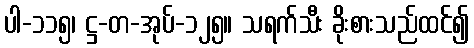
ပါ-၁၁၅၊ ဋ္ဌ-တ-အုပ်-၁၂၅။ သရက်သီး ခိုးစားသည်ထင်၍